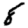
Digit: 8